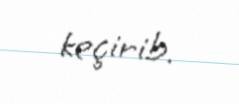
keçirib.